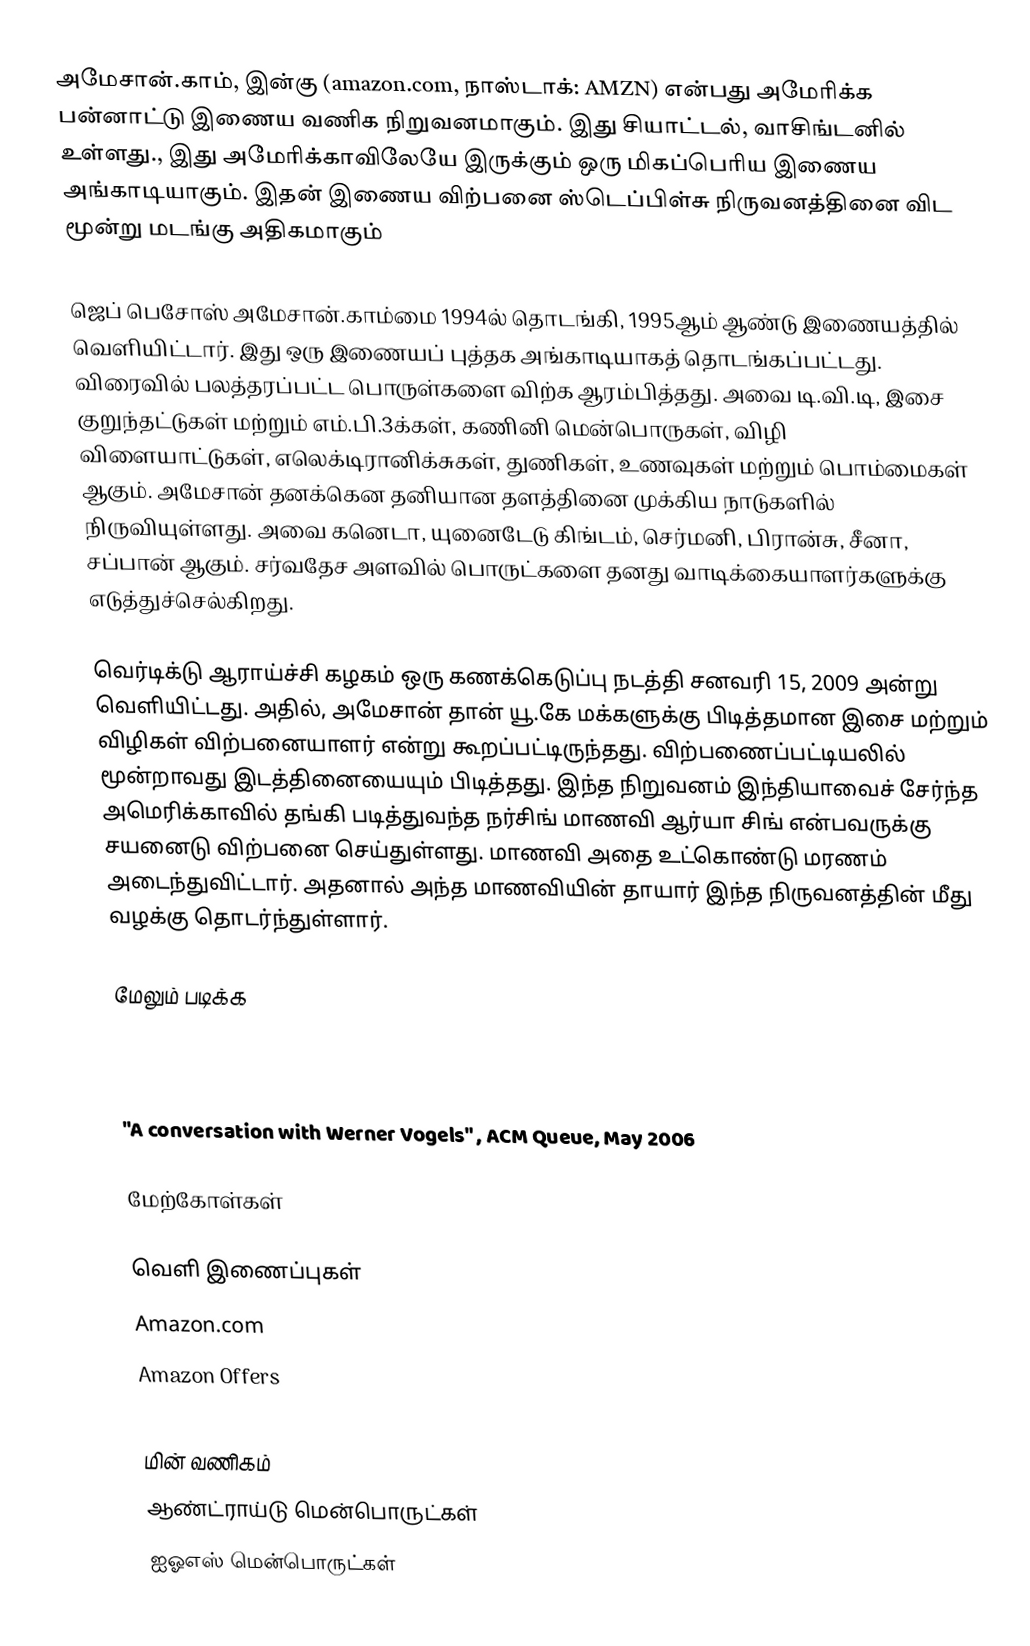
அமேசான்.காம், இன்கு (amazon.com, நாஸ்டாக்: AMZN) என்பது அமேரிக்க பன்னாட்டு  இணைய வணிக நிறுவனமாகும். இது சியாட்டல், வாசிங்டனில் உள்ளது., இது அமேரிக்காவிலேயே இருக்கும் ஒரு மிகப்பெரிய இணைய அங்காடியாகும். இதன் இணைய விற்பனை ஸ்டெப்பிள்சு நிருவனத்தினை விட மூன்று மடங்கு அதிகமாகும்

ஜெப் பெசோஸ் அமேசான்.காம்மை 1994ல் தொடங்கி, 1995ஆம் ஆண்டு இணையத்தில் வெளியிட்டார். இது ஒரு இணையப் புத்தக அங்காடியாகத் தொடங்கப்பட்டது. விரைவில் பலத்தரப்பட்ட பொருள்களை விற்க ஆரம்பித்தது. அவை டி.வி.டி, இசை குறுந்தட்டுகள் மற்றும் எம்.பி.3க்கள், கணினி மென்பொருகள், விழி விளையாட்டுகள், எலெக்டிரானிக்சுகள், துணிகள், உணவுகள் மற்றும் பொம்மைகள் ஆகும். அமேசான் தனக்கென தனியான தளத்தினை முக்கிய நாடுகளில் நிருவியுள்ளது. அவை கனெடா, யுனைடேடு கிங்டம், செர்மனி, பிரான்சு, சீனா, சப்பான் ஆகும். சர்வதேச அளவில் பொருட்களை தனது வாடிக்கையாளர்களுக்கு எடுத்துச்செல்கிறது.

வெர்டிக்டு ஆராய்ச்சி கழகம் ஒரு கணக்கெடுப்பு நடத்தி சனவரி 15, 2009 அன்று வெளியிட்டது. அதில், அமேசான் தான் யூ.கே மக்களுக்கு பிடித்தமான இசை மற்றும் விழிகள் விற்பனையாளர் என்று கூறப்பட்டிருந்தது. விற்பணைப்பட்டியலில் மூன்றாவது இடத்தினையையும் பிடித்தது. இந்த நிறுவனம் இந்தியாவைச் சேர்ந்த அமெரிக்காவில் தங்கி படித்துவந்த நர்சிங் மாணவி ஆர்யா சிங் என்பவருக்கு சயனைடு விற்பனை செய்துள்ளது. மாணவி அதை உட்கொண்டு மரணம் அடைந்துவிட்டார். அதனால் அந்த மாணவியின் தாயார் இந்த நிருவனத்தின் மீது வழக்கு தொடர்ந்துள்ளார்.

மேலும் படிக்க

 "A conversation with Werner Vogels" , ACM Queue, May 2006

மேற்கோள்கள்

வெளி இணைப்புகள்
 Amazon.com
 Amazon Offers

மின் வணிகம்
ஆண்ட்ராய்டு மென்பொருட்கள்
ஐஓஎஸ் மென்பொருட்கள்